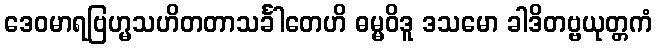
ဒေဝမာရဗြဟ္မသဟိတတာသင်္ခါတေဟိ ဓမ္မဝိဒူ ဒသမော ခါဒိတဗ္ဗယုတ္တကံ